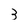
Character: 3